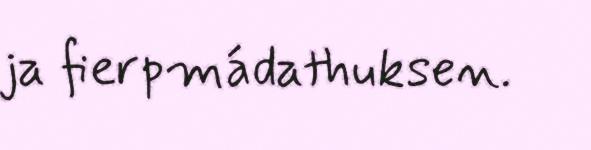
ja fierpmádathuksen.